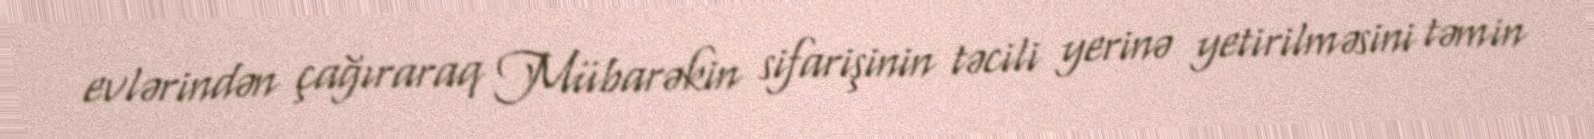
evlərindən çağıraraq Mübarəkin sifarişinin təcili yerinə yetirilməsini təmin